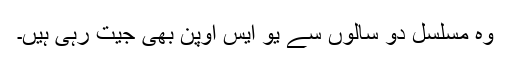
وہ مسلسل دو سالوں سے یو ایس اوپن بھی جیت رہی ہیں۔